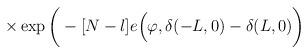
LaTeX: \begin{align*}\times \exp \bigg( - [N-l] e \Big( \varphi, \delta(-L,0) - \delta(L,0) \bigg)\end{align*}